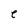
Character: e